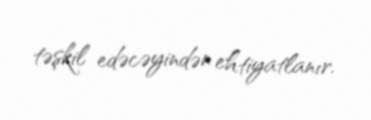
təşkil edəcəyindən ehtiyatlanır.